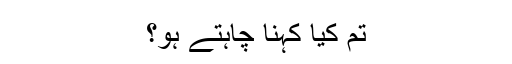
تم کیا کہنا چاہتے ہو؟